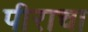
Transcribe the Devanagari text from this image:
पीराचा